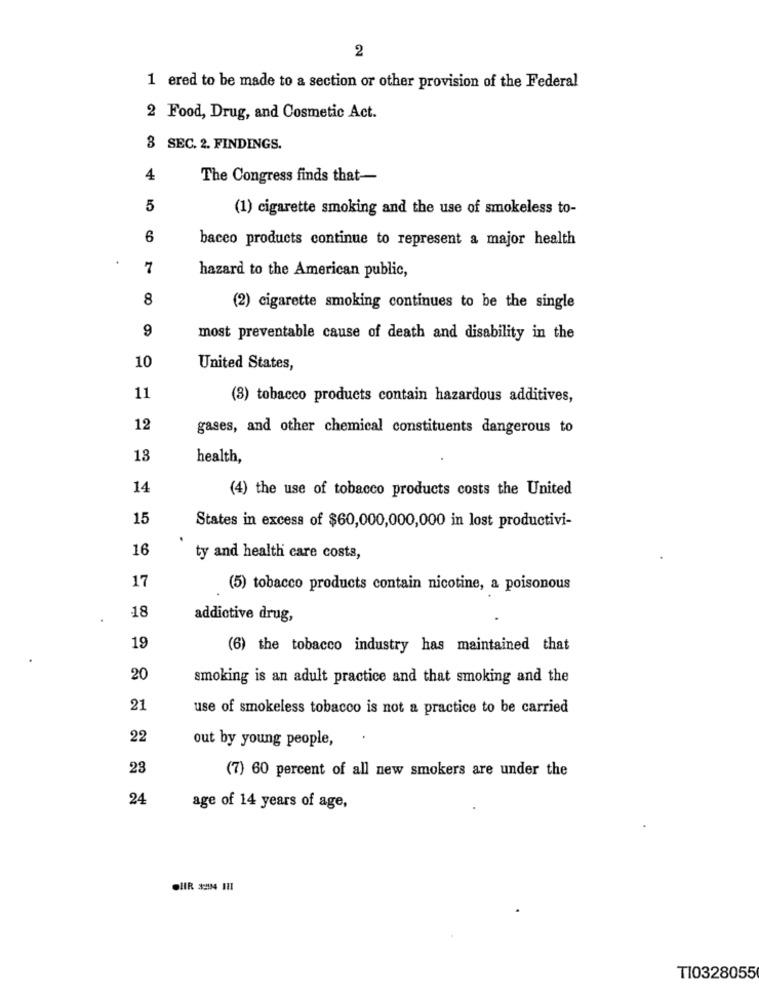
2
1 ered to be made to a section or other provision of the Federal
2 Food, Drug, and Cosmetic Act.
3 SEC. 2. FINDINGS.
4
The Congress finds that-
5
(1) cigarette smoking and the use of smokeless to-
6
bacco products continue to represent a major health
7
hazard to the American public,
8
(2) cigarette smoking continues to be the single
9
most preventable cause of death and disability in the
10
United States,
11
(3) tobacco products contain hazardous additives,
12
gases, and other chemical constituents dangerous to
13
health,
14
(4) the use of tobacco products costs the United
15
States in excess of $60,000,000,000 in lost productivi-
16
ty and health care costs,
17
(5) tobacco products contain nicotine, a poisonous
18
addictive drug,
19
(6) the tobacco industry has maintained that
20
smoking is an adult practice and that smoking and the
21
use of smokeless tobacco is not a practice to be carried
22
out by young people,
23
(7) 60 percent of all new smokers are under the
24
age of 14 years of age,
T10328055